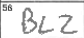
Transcription: BLZ